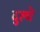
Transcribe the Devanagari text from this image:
दुल्चे